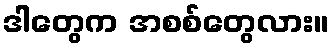
ဒါတွေက အစစ်တွေလား။